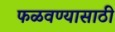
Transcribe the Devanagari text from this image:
फळवण्यासाठी